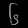
Digit: ၆